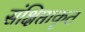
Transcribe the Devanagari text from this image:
संक्षिप्ताकृत